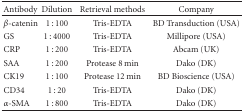
<table><thead><tr><td><b>Antibody</b></td><td><b>Dilution</b></td><td><b>Retrieval methods</b></td><td><b>Company</b></td></tr></thead><tbody><tr><td><i>β</i>-catenin</td><td>1 : 100</td><td>Tris-EDTA</td><td>BD Transduction (USA)</td></tr><tr><td>GS</td><td>1 : 4000</td><td>Tris-EDTA</td><td>Millipore (USA)</td></tr><tr><td>CRP</td><td>1 : 200</td><td>Tris-EDTA</td><td>Abcam (UK)</td></tr><tr><td>SAA</td><td>1 : 200</td><td>Protease 8 min</td><td>Dako (DK)</td></tr><tr><td>CK19</td><td>1 : 100</td><td>Protease 12 min</td><td>BD Bioscience (USA)</td></tr><tr><td>CD34</td><td>1 : 20</td><td>Tris-EDTA</td><td>Dako (DK)</td></tr><tr><td>α-SMA</td><td>1 : 800</td><td>Tris-EDTA</td><td>Dako (DK)</td></tr></tbody></table>